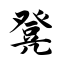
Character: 凳